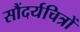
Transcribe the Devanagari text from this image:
सौंदर्यचित्रों